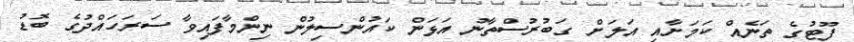
ފޫޓުގެ ތަނެއް ކަމަށާއި އަލަށް ގަބުރުސްތާނު އަޅަން ކައުންސިލުން ނިންމާފައިވާ ސަރަހައްދުގެ ބޮޑު